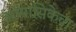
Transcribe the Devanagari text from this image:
अभ्यासिकेचा